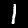
Digit: 1